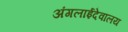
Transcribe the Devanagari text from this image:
अंगलाईदेवालय